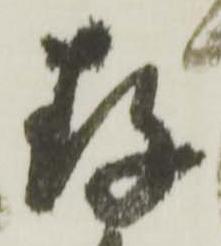
存